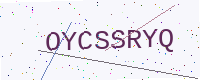
Text: OYCSSRYQ